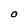
Character: O